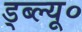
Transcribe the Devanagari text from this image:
ड्ब्ल्यू०